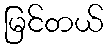
မြင်တယ်